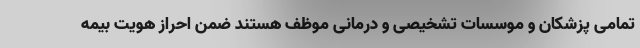
تمامی پزشکان و موسسات تشخیصی و درمانی موظف هستند ضمن احراز هویت بیمه